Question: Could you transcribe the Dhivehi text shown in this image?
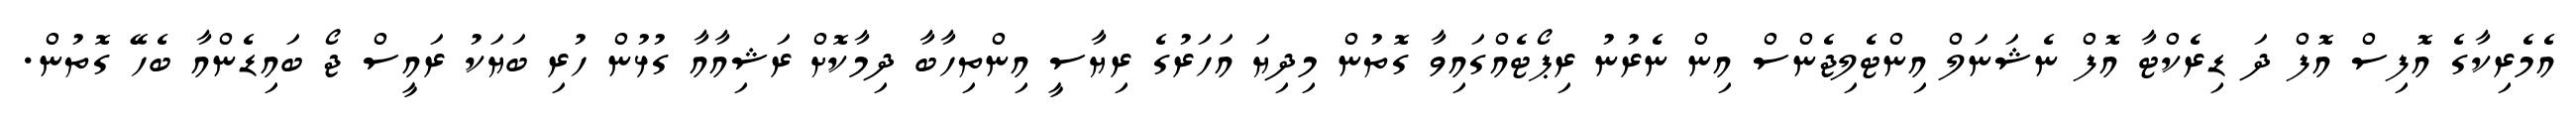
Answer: އެމެރިކާގެ އޮފިސް އޮފް ދަ ޑިރެކްޓާ އޮފް ނެޝަނަލް އިންޓެލިޖެންސް އިން ނެރުނު ރިޕޯޓެއްގައިވާ ގޮތުން މިދިޔަ އަހަރުގެ ރިޔާސީ އިންތިހާބާ ދިމާކޮށް ރަޝިއާއާ ގުޅުން ހުރި ބަޔަކު ރައީސް ޖޯ ބައިޑެންއާ ބެހޭ ގޮތުން.